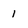
Character: 1